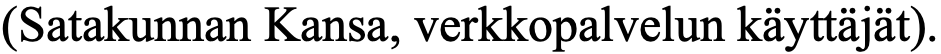
(Satakunnan Kansa, verkkopalvelun käyttäjät).